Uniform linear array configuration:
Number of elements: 24
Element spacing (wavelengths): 1
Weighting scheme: cosine
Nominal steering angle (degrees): -30
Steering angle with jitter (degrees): -29.278
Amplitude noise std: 0.05
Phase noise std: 0.05

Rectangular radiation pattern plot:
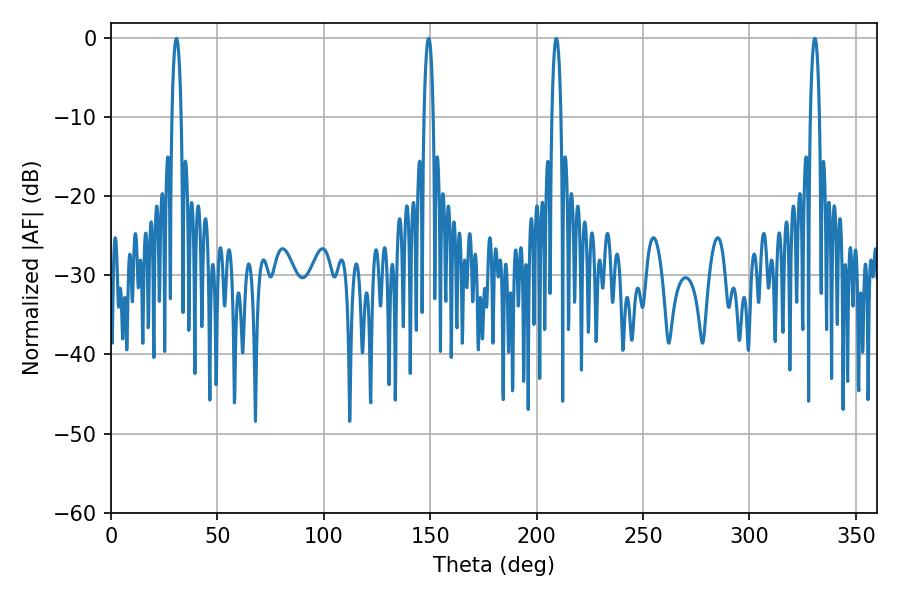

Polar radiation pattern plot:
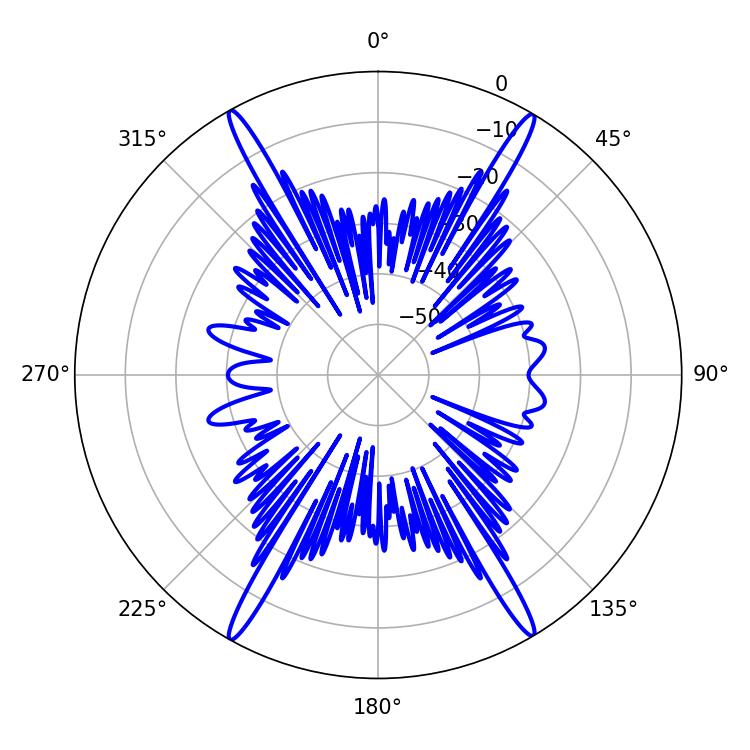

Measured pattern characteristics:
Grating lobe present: TRUE
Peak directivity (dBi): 28.359
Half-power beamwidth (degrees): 2.52
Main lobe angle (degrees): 30.78